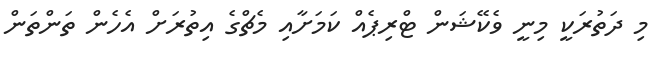
މި ދަތުރަކީ މިނީ ވެކޭޝަން ޓްރިޕެެއް ކަމަށާއި މެޗްގެ އިތުރަށް އެހެން ތަންތަން